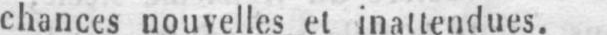
chances nouvelles et inattendues.